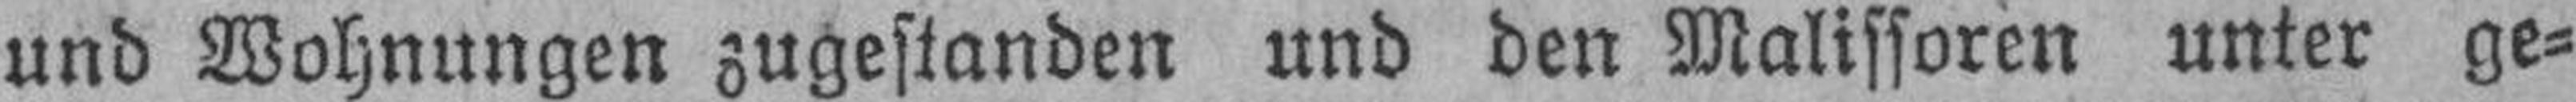
und Wohnungen zugestanden und den Malissoren unter ge¬